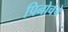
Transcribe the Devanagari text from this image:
पिनोचेचे